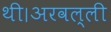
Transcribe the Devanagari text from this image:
थी।अरवल्ली